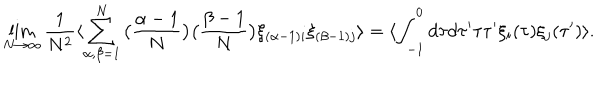
\lim _ { N \rightarrow \infty } \frac { 1 } { N ^ { 2 } } \langle \sum _ { \alpha , \beta = 1 } ^ { N } \big ( \frac { \alpha - 1 } { N } \big ) \big ( \frac { \beta - 1 } { N } \big ) \xi _ { ( \alpha - 1 ) i } \xi _ { ( \beta - 1 ) j } \rangle = \langle \int _ { - 1 } ^ { 0 } d \tau d \tau ^ { \prime } \tau \tau ^ { \prime } \xi _ { i } ( \tau ) \xi _ { j } ( \tau ^ { \prime } ) \rangle .